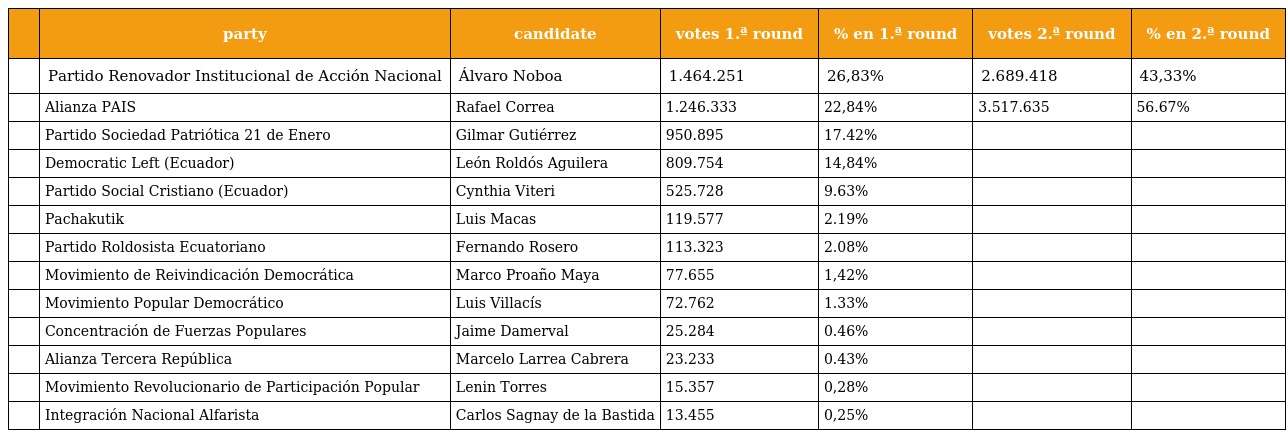
|  | party | candidate | votes 1.ª round | % en 1.ª round | votes 2.ª round | % en 2.ª round |
 | --- | --- | --- | --- | --- | --- | --- |
 |  | Partido Renovador Institucional de Acción Nacional | Álvaro Noboa | 1.464.251 | 26,83% | 2.689.418 | 43,33% |
 |  | Alianza PAIS | Rafael Correa | 1.246.333 | 22,84% | 3.517.635 | 56.67% |
 |  | Partido Sociedad Patriótica 21 de Enero | Gilmar Gutiérrez | 950.895 | 17.42% |  |  |
 |  | Democratic Left (Ecuador) | León Roldós Aguilera | 809.754 | 14,84% |  |  |
 |  | Partido Social Cristiano (Ecuador) | Cynthia Viteri | 525.728 | 9.63% |  |  |
 |  | Pachakutik | Luis Macas | 119.577 | 2.19% |  |  |
 |  | Partido Roldosista Ecuatoriano | Fernando Rosero | 113.323 | 2.08% |  |  |
 |  | Movimiento de Reivindicación Democrática | Marco Proaño Maya | 77.655 | 1,42% |  |  |
 |  | Movimiento Popular Democrático | Luis Villacís | 72.762 | 1.33% |  |  |
 |  | Concentración de Fuerzas Populares | Jaime Damerval | 25.284 | 0.46% |  |  |
 |  | Alianza Tercera República | Marcelo Larrea Cabrera | 23.233 | 0.43% |  |  |
 |  | Movimiento Revolucionario de Participación Popular | Lenin Torres | 15.357 | 0,28% |  |  |
 |  | Integración Nacional Alfarista | Carlos Sagnay de la Bastida | 13.455 | 0,25% |  |  |